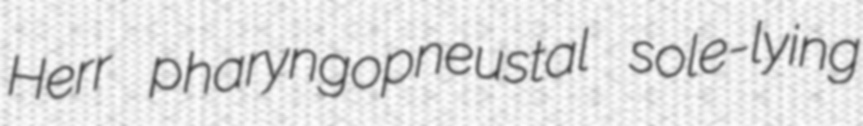
Herr pharyngopneustal sole-lying